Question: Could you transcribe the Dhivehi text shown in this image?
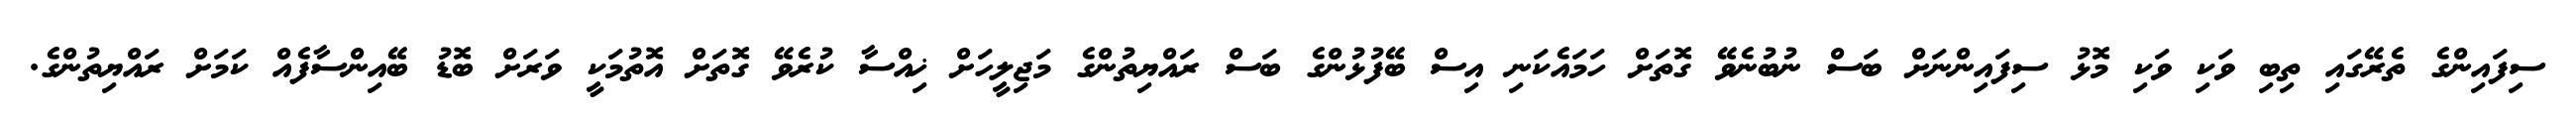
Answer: ސިފައިންގެ ތެރޭގައި ތިބި ވަކި ވަކި މޮޅު ސިފައިންނަށް ބަސް ނުބުނެވޭ ގޮތަށް ހަމައެކަނި އިސް ބޭފުޅުންގެ ބަސް ރައްޔިތުންގެ މަޖިލީހަށް ޚިއްސާ ކުރެވޭ ގޮތަށް އޮތުމަކީ ވަރަށް ބޮޑު ބޭއިންސާފެއް ކަމަށް ރައްޔިތުންގެ.